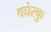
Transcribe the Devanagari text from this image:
कोरकु